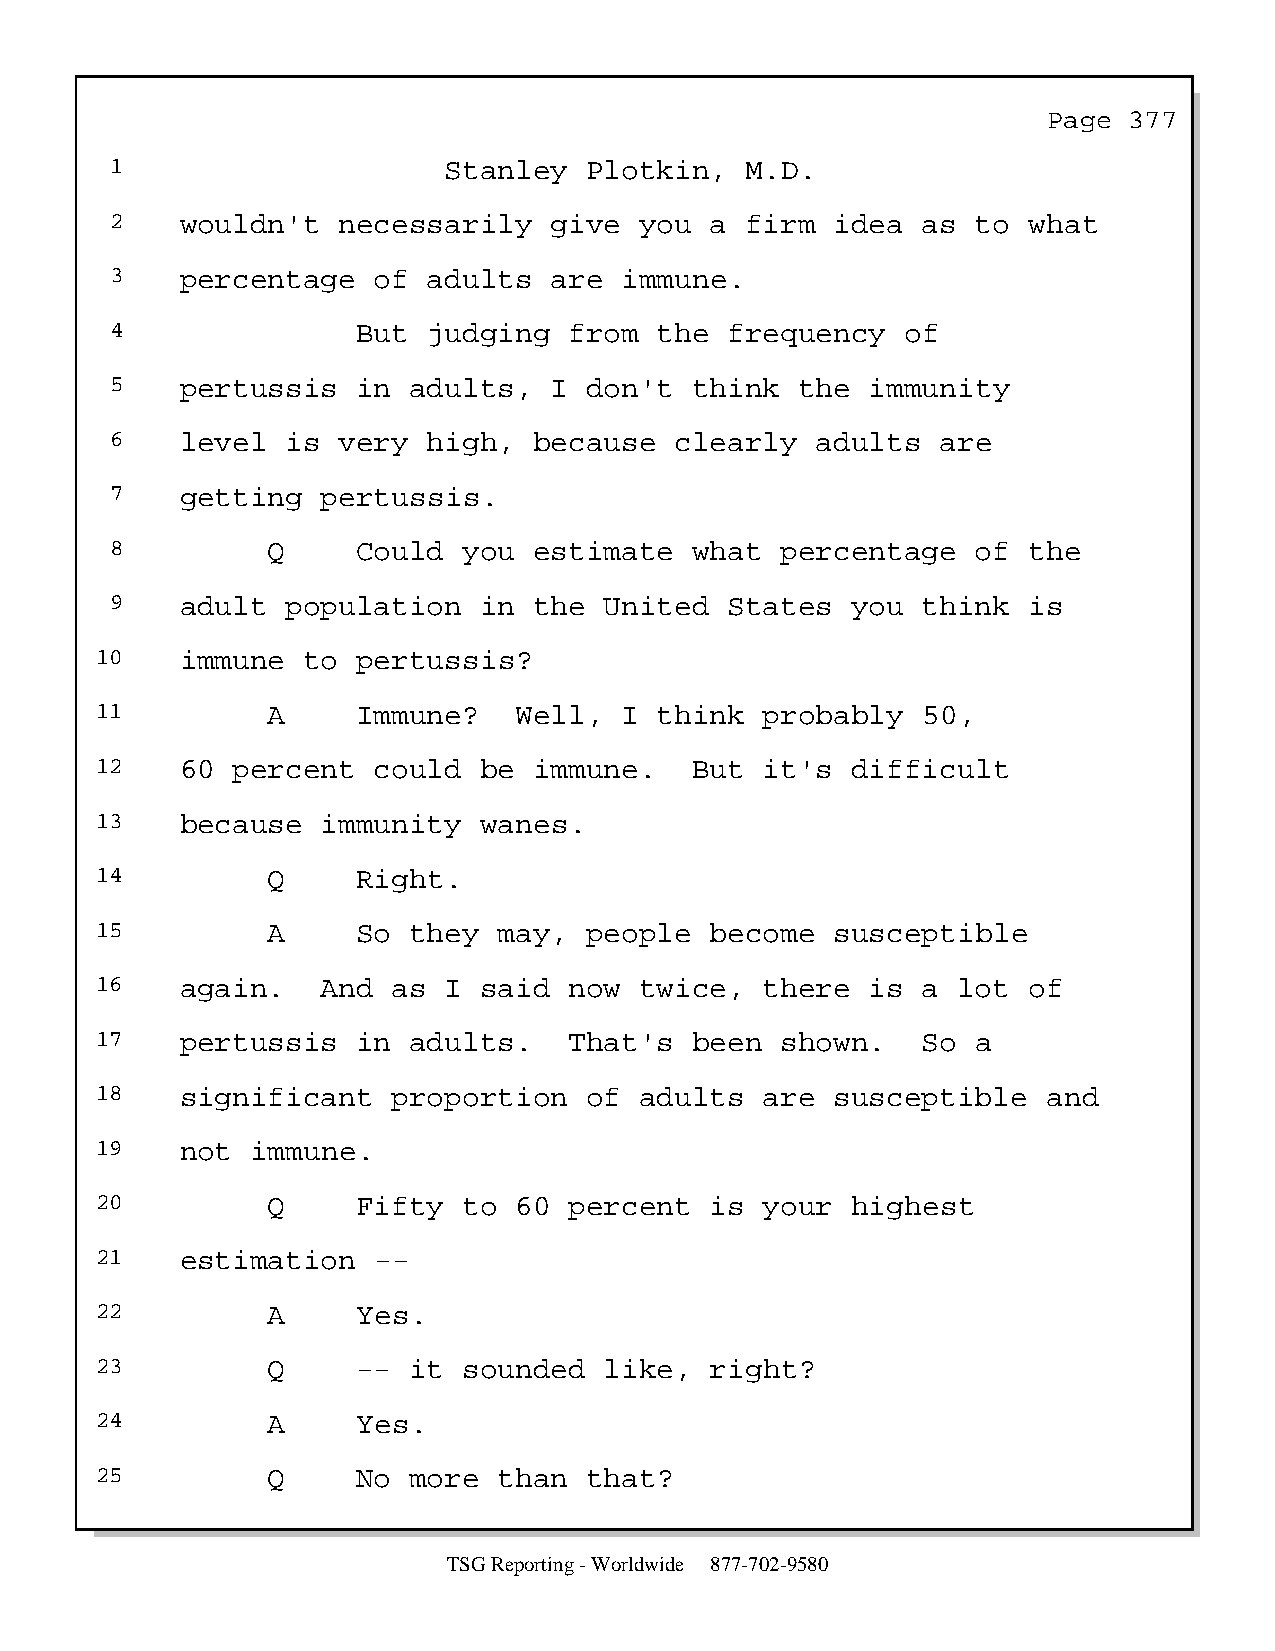
Page  377
 1                     Stanley   Plotkin,  M.D.
 2    wouldn't  necessarily   give  you  a firm  idea  as  to what
 3    percentage   of adults  are  immune.
 4                But judging   from  the frequency   of
 5    pertussis   in adults,  I  don't  think  the  immunity
 6    level  is very  high,  because   clearly  adults  are
 7    getting  pertussis.
 8          Q     Could  you estimate   what  percentage   of the
 9    adult  population   in the  United  States  you  think  is
 10    immune  to  pertussis?
 11          A     Immune?   Well,  I  think  probably  50,
 12    60 percent   could  be immune.    But  it's difficult
 13    because  immunity   wanes.
 14          Q     Right.
 15          A     So they  may,  people  become  susceptible
 16    again.   And  as I  said  now twice,   there  is a lot  of
 17    pertussis   in adults.    That's  been  shown.   So  a
 18    significant   proportion   of adults   are susceptible   and
 19    not  immune.
 20          Q     Fifty  to 60  percent  is  your highest
 21    estimation   --
 22          A     Yes.
 23          Q     -- it  sounded  like,  right?
 24          A     Yes.
 25          Q     No more  than  that?
 TSG Reporting - Worldwide 877-702-9580